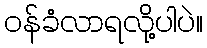
၀န်ခံလာရလို့ပါပဲ။